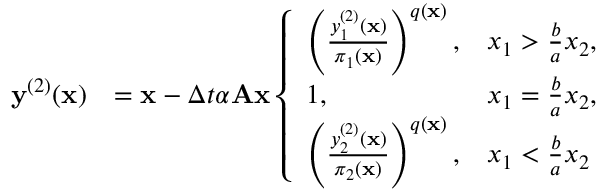
\begin{array} { r l } { \mathbf y ^ { ( 2 ) } ( \mathbf x ) } & { = \mathbf x - \Delta t \alpha \mathbf A \mathbf x \left\{ \begin{array} { l l } { \left( \frac { y _ { 1 } ^ { ( 2 ) } ( \mathbf x ) } { \pi _ { 1 } ( \mathbf x ) } \right) ^ { q ( \mathbf x ) } , } & { x _ { 1 } > \frac { b } { a } x _ { 2 } , } \\ { 1 , } & { x _ { 1 } = \frac { b } { a } x _ { 2 } , } \\ { \left( \frac { y _ { 2 } ^ { ( 2 ) } ( \mathbf x ) } { \pi _ { 2 } ( \mathbf x ) } \right) ^ { q ( \mathbf x ) } , } & { x _ { 1 } < \frac { b } { a } x _ { 2 } } \end{array} \right. } \end{array}